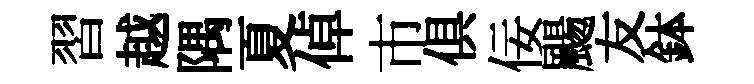
習越隅夏倬市俱佞颺友鉢